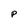
Character: p